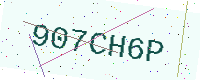
Text: 907CH6P